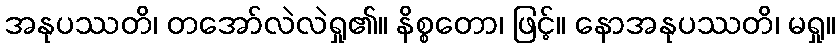
အနုပဿတိ၊ တအော်လဲလဲရှု၏။ နိစ္စတော၊ ဖြင့်။ နောအနုပဿတိ၊ မရှု။